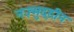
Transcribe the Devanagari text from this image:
नज़्मुद्दीन